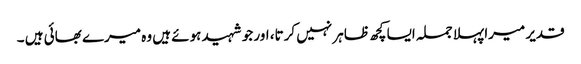
قدیر میرا پہلا جملہ ایسا کچھ ظاہر نہیں کرتا، اور جو شہید ہوئے ہیں وہ میرے بھائی ہیں ۔